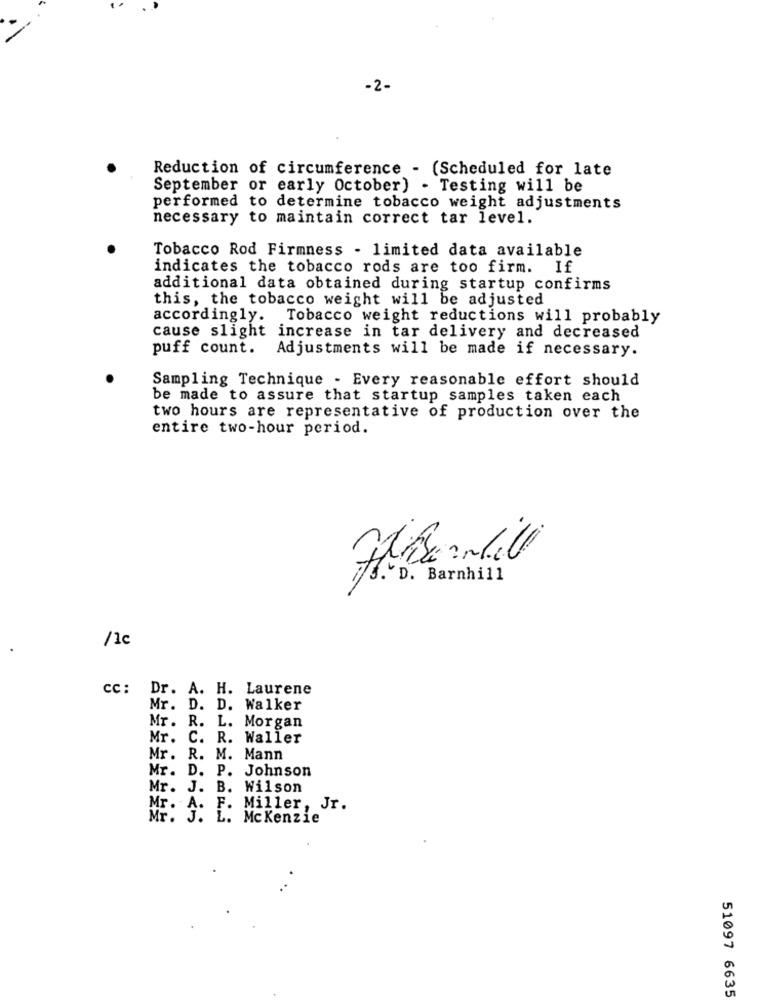
-2-
Reduction of circumference - (Scheduled for late
September or early October) . Testing will be
performed to determine tobacco weight adjustments
necessary to maintain correct tar level.
Tobacco Rod Firmness - limited data available
indicates the tobacco rods are too firm. If
additional data obtained during startup confirms
this, the tobacco weight will be adjusted
accordingly. Tobacco weight reductions will probably
cause slight increase in tar delivery and decreased
puff count. Adjustments will be made if necessary.
Sampling Technique - Every reasonable effort should
be made to assure that startup samples taken each
two hours are representative of production over the
entire two-hour period.
/1c
CC :
Dr. A. H. Laurene
Mr. D. D. Walker
Mr. R. L. Morgan
Mr. C. R. Waller
Mr. R. M. Mann
Mr. D. P. Johnson
Mr. J. B. Wilson
Mr. A.
F. Miller, Jr.
Mr. J. L. Mckenzie
51097 6635